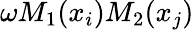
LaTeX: \omega M_{1}(x_{i})M_{2}(x_{j})